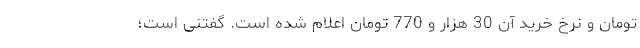
تومان و نرخ خرید آن 30 هزار و 770 تومان اعلام شده است. گفتنی است؛